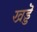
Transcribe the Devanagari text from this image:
खड्डॆ